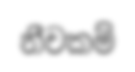
නීචකම්